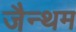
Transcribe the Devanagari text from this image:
जैन्थम